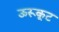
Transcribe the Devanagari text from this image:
ऊरूकूट